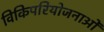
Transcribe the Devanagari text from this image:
विकिपरियोजनाओं